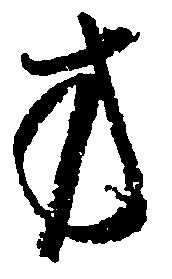
方